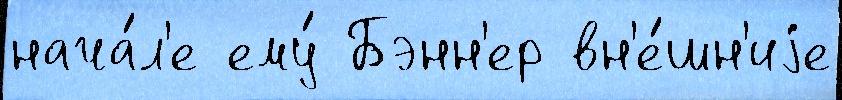
нача́л'е ему́ Бэнн'ер вн'е́шн'иjе